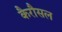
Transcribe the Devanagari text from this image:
कैरौसल